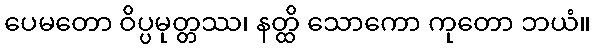
ပေမတော ဝိပ္ပမုတ္တဿ၊ နတ္ထိ သောကော ကုတော ဘယံ။